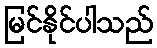
မြင်နိုင်ပါသည်